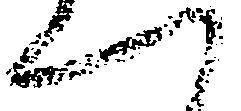
へ